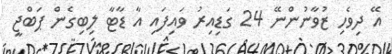
އޭ ދިވެހި ޒުވާނުންނޭ 24 ގަޑިއިރު ވައިފައި އާ ޑާޓާ ލިބިގެން ޕަބްޖީ